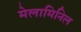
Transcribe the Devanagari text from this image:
मेलामिनिल